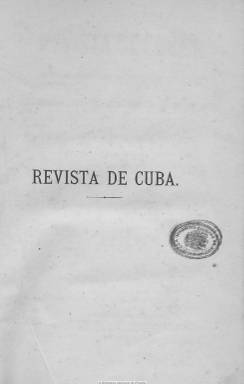
Título: Revista de Cuba
Colección: Cultura
Ámbito geográfico: Cuba
Lugar de publicación: Habana
Fechas: 01/01/1877-31/12/1882

Es la expresión cultural, literaria, científica e intelectual del liberalismo cubano autonomista que se desarrolla en el periodo de entreguerras de la isla, tras acabar la Guerra de los Diez Años (1868-1878), como tercera vía frente a las viejas y conservadoras tesis coloniales anexionistas y las independentistas. Fundada y dirigida por el abogado, escritor y masón José Antonio Cortina y Sotolongo (1853-1884), fundador también del Partido Liberal Autonomista, partidario de reformar el estatuto colonial a través de una descentralización política y constitucional bajo la tutela de la monarquía española.

Plasmará las inquietudes intelectuales de la élite burguesa isleña, ofreciendo desde la tesis darwinianas hasta la estética hegeliana y, especialmente, a través de estudios historicistas. Difunde documentos, artículos, ensayos, fragmentos de libros en preparación, traducciones, reseñas de novedades de libros y revistas. Rescata fragmentos de obras de intelectuales cubanos, como José Agustín Caballero (1762-1835) o José María Heredia (1803-1839), y publicita poemas y narraciones, como fruto de las mentes más cultas y cosmopolitas de la época de la entonces colonia española.

Empieza a publicarse el 15 de enero de 1877, como periódico de “ciencias, derecho, literatura y bellas artes”, en entregas mensuales que forman tomos semestrales en torno a las seiscientas páginas. La colección de la Biblioteca Nacional de España alcanza hasta la entrega de abril de 1882 (tomo 11), y estuvo publicándose hasta noviembre de 1884 (tomo 16), dedicando la última a quien había sido su director, tras su fallecimiento a la edad de 31 años.

Su consejo de redacción estará integrado por abogados, periodistas y hombres de letras, como el poeta Ricardo del Monte y Rocio (1828-1909), que destaca en la revista como crítico literario y que fue su redactor-jefe, José Manuel Pascual, Julián Gassie, Vidal Morales y Morales, Antonio Govin, así como el filósofo, pedagogo, literato y también masón Enrique José Varona, quien tras el fallecimiento de Cortina y la desaparición de su revista, continuará su labor fundando y dirigiendo La revista cubana (1885-1895), formando ambas la denominada edad de oro de la crítica literaria de este país.

Los artículos de sus entregas versan sobre política, sociología, historia, geografía, economía, derecho, ciencias naturales, antropología, paleontología, medicina, arte, música, filosofía, literatura, lingüística, filología, bibliografía o biografía, a los que acompañan misceláneas y noticias varias. El número de los autores de los trabajos superó ampliamente el centenar.

Los índices de la revista fueron publicados por Fermín Peraza Sarausa, en 1938, y entre los estudiosos que han analizado la revista se encuentran Ricardo del Monte (1926), Mario Guiral Moreno (1956), Boyd G. Carter (1959), y Luis Miguel García Mora y Consuelo Naranjo Orovio (1997).